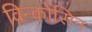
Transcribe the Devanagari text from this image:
विन्कोंसिन